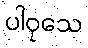
ပါဝုသေ